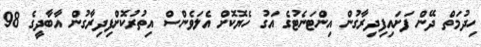
ހިދުމަތް ދޭން ފަށައިފިދިރާގުން އިންޓަނެޓުގެ އަގު ހެޔޮކޮށް އެލަވެންސް އިތުރުކޮށްފިދިރާގުން އާބާދީގެ 98